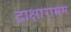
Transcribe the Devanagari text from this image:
द्राक्षारामम